Indian journal of veterinary science and animal husbandry - Volumes 15-17, 1948-1951
Year: 1948
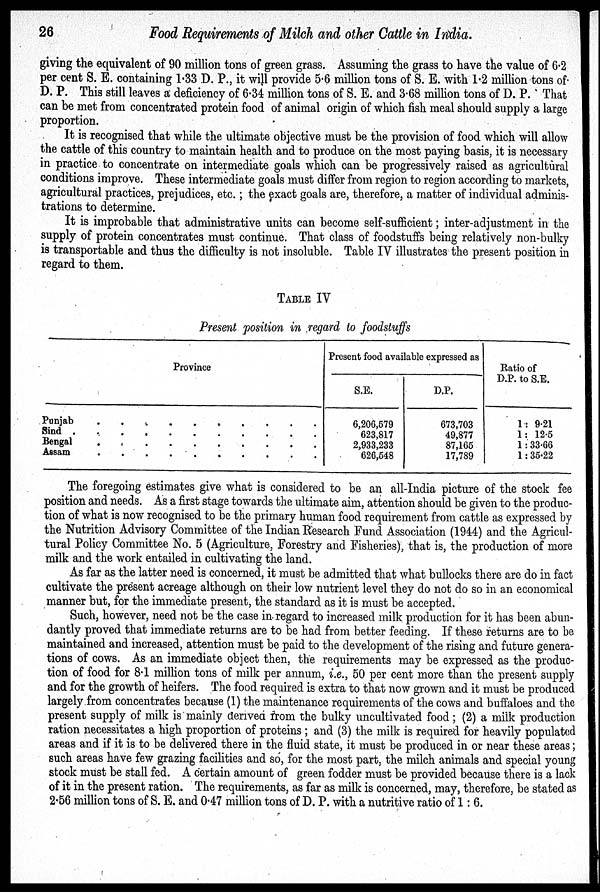
26
Food Requirements of Milch and other Cattle in India.
giving the equivalent of 90 million tons of green grass. Assuming the grass to have the value of 6.2
per cent S. E. containing 1.33 D. P., it will provide 5.6 million tons of S. E. with 1.2 million tons of
D. P. This still leaves a deficiency of 6.34 million tons of S. E. and 3.68 million tons of D. P. That
can be met from concentrated protein food of animal origin of which fish meal should supply a large
proportion.
It is recognised that while the ultimate objective must be the provision of food which will allow
the cattle of this country to maintain health and to produce on the most paying basis, it is necessary
in practice to concentrate on intermediate goals which can be progressively raised as agricultural
conditions improve. These intermediate goals must differ from region to region according to markets,
agricultural practices, prejudices, etc.; the exact goals are, therefore, a matter of individual adminis-
trations to determine.
It is improbable that administrative units can become self-sufficient; inter-adjustment in the
supply of protein concentrates must continue. That class of foodstuffs being relatively non-bulky
is transportable and thus the difficulty is not insoluble. Table IV illustrates the present position in
regard to them.
TABLE IV
Present position in regard to foodstuffs
Province
Punjab . . . . . . . . . .
Sind
.
.
.
.
.
.
.
.
.
.
Bengal . . . . . . . . . .
Assam . . . . . . . . . .
Present food available expressed as
S.E.
6,206,579
623,817
2,933,233
626,548
D.P.
673,703
49,877
87,165
17,789
Ratio of
D.P. to S.E.
1:9.21
1:12.5
1:33.66
1:35.22
The foregoing estimates give what is considered to be an all-India picture of the stock fee
position and needs. As a first stage towards the ultimate aim, attention should be given to the produc-
tion of what is now recognised to be the primary human food requirement from cattle as expressed by
the Nutrition Advisory Committee of the Indian Research Fund Association (1944) and the Agricul-
tural Policy Committee No. 5 (Agriculture, Forestry and Fisheries), that is, the production of more
milk and the work entailed in cultivating the land.
As far as the latter need is concerned, it must be admitted that what bullocks there are do in fact
cultivate the present acreage although on their low nutrient level they do not do so in an economical
manner but, for the immediate present, the standard as it is must be accepted.
Such, however, need not be the case in regard to increased milk production for it has been abun-
dantly proved that immediate returns are to be had from better feeding. If these returns are to be
maintained and increased, attention must be paid to the development of the rising and future genera-
tions of cows. As an immediate object then, the requirements may be expressed as the produc-
tion of food for 8.1 million tons of milk per annum, i.e., 50 per cent more than the present supply
and for the growth of heifers. The food required is extra to that now grown and it must be produced
largely from concentrates because (1) the maintenance requirements of the cows and buffaloes and the
present supply of milk is mainly derived from the bulky uncultivated food; (2) a milk production
ration necessitates a high proportion of proteins; and (3) the milk is required for heavily populated
areas and if it is to be delivered there in the fluid state, it must be produced in or near these areas;
such areas have few grazing facilities and so, for the most part, the milch animals and special young
stock must be stall fed. A certain amount of green fodder must be provided because there is a lack
of it in the present ration. The requirements, as far as milk is concerned, may, therefore, be stated as
2.56 million tons of S. E. and 0.47 million tons of D. P. with a nutritive ratio of 1:6.